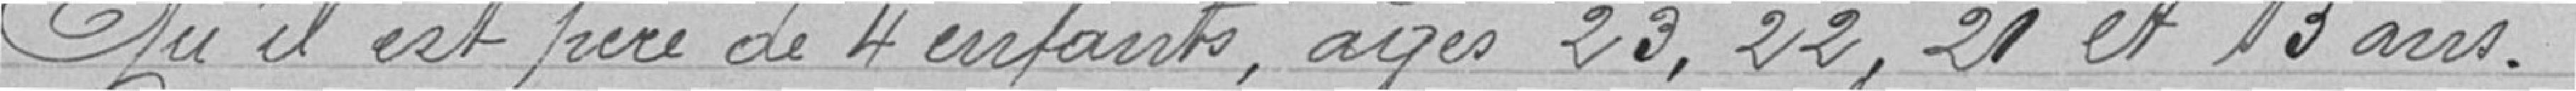
Qu'il est père de 4 enfants, âgés 23, 22, 21 et 13 ans.